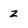
Character: z